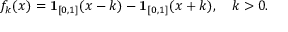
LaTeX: f _ { k } ( x ) = \mathbf { 1 } _ { [ 0 , 1 ] } ( x - k ) - \mathbf { 1 } _ { [ 0 , 1 ] } ( x + k ) , \ \ \ k > 0 .